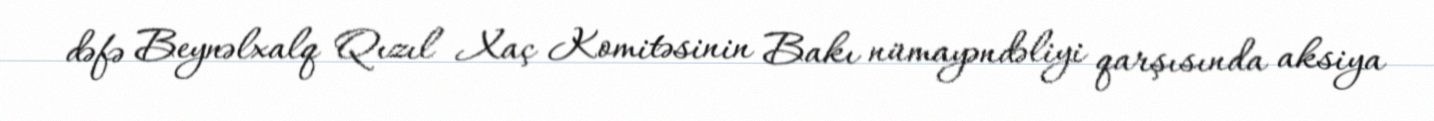
dəfə Beynəlxalq Qızıl Xaç Komitəsinin Bakı nümayəndəliyi qarşısında aksiya